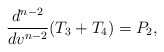
\begin{align*} \frac{d^{n-2}}{dv^{n-2}}(T_3+T_4)=P_2,\end{align*}